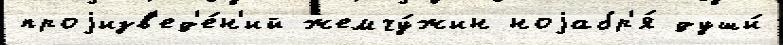
проjизв'ед'е́н'ий жемчу́жин ноjабр'я́ души́